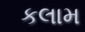
કલામ